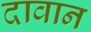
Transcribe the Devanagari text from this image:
दावान